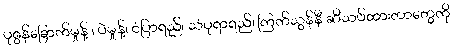
ပုဇွန်ခြောက်မှုန့် ၊ ပဲမှုန့်၊ ငံပြာရည်၊ သံပုရာရည်၊ ကြက်သွန်နီ ဆီသပ်ထားတာတွေကို